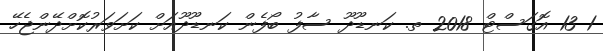
1 13 އޮގަސްޓް 2018 ތ. ކަނޑޫދޫ ސާފު ބޯފެން ކަނޑޫދޫއަށް ކަށަވަރުކޮށްދޭންޖެހޭ